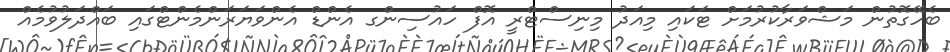
ބެހޭގޮތުން މަޝްވަރާކުރުމަށް ޓަކައި މިއަދު މިނިސްޓްރީ އޮފް ހައުސިންގ އެންޑް އެންވަޔަރަންމެންޓްގައި ބައްދަލުވުމެއް